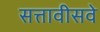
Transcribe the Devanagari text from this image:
सत्तावीसवे